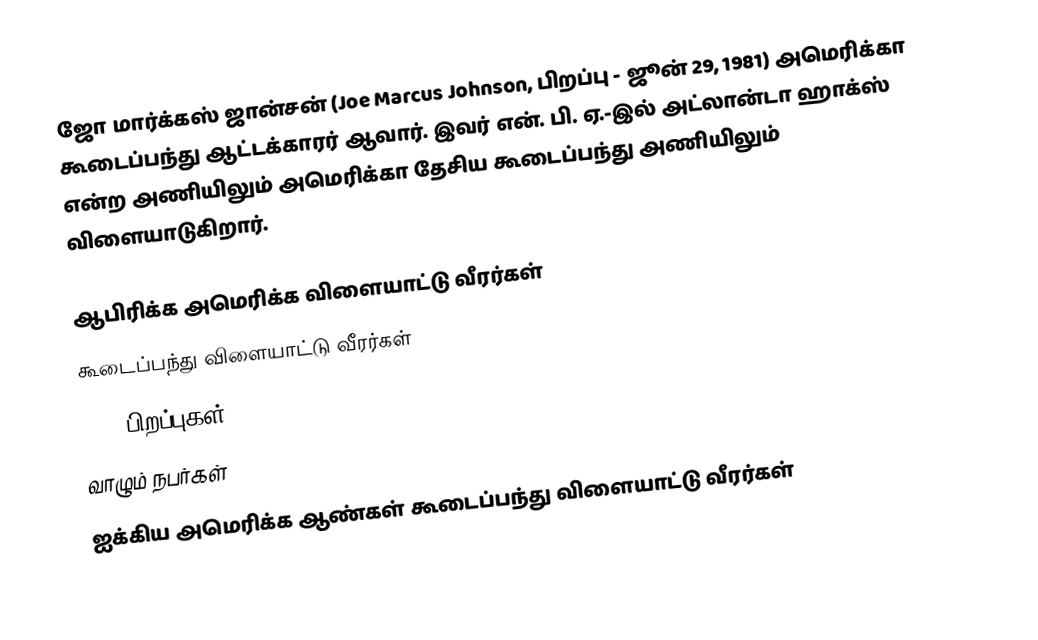
ஜோ மார்க்கஸ் ஜான்சன் (Joe Marcus Johnson, பிறப்பு - ஜூன் 29, 1981) அமெரிக்கா கூடைப்பந்து ஆட்டக்காரர் ஆவார். இவர் என். பி. ஏ.-இல் அட்லான்டா ஹாக்ஸ் என்ற அணியிலும் அமெரிக்கா தேசிய கூடைப்பந்து அணியிலும் விளையாடுகிறார்.

ஆபிரிக்க அமெரிக்க விளையாட்டு வீரர்கள்
கூடைப்பந்து விளையாட்டு வீரர்கள்
1981 பிறப்புகள்
வாழும் நபர்கள்
ஐக்கிய அமெரிக்க ஆண்கள் கூடைப்பந்து விளையாட்டு வீரர்கள்